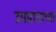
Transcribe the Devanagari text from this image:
उपप्रांताच्या